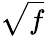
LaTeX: \sqrt{f}